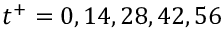
t ^ { + } = 0 , 1 4 , 2 8 , 4 2 , 5 6